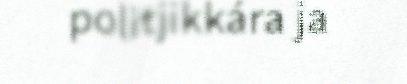
politjikkára ja